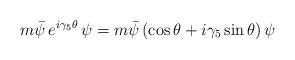
LaTeX: \begin{align*}m \bar{\psi}\, e^{i\gamma_5 \theta}\, \psi=m \bar{\psi}\left(\cos\theta+i\gamma_5 \sin\theta\right)\psi\end{align*}